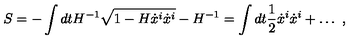
S = - \int d t H ^ { - 1 } \sqrt { 1 - H \dot { x } ^ { i } \dot { x } ^ { i } } - H ^ { - 1 } = \int d t { \frac { 1 } { 2 } } \dot { x } ^ { i } \dot { x } ^ { i } + \ldots \ ,